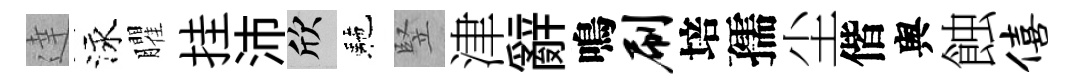
達泳臞挂沛欣駰竪津辭鳴刷培孺尘偕舆蝕僖